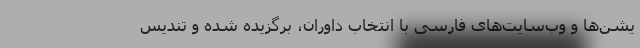
یشن‌ها و وب‌سایت‌های فارسی با انتخاب داوران، برگزیده شده و تندیس